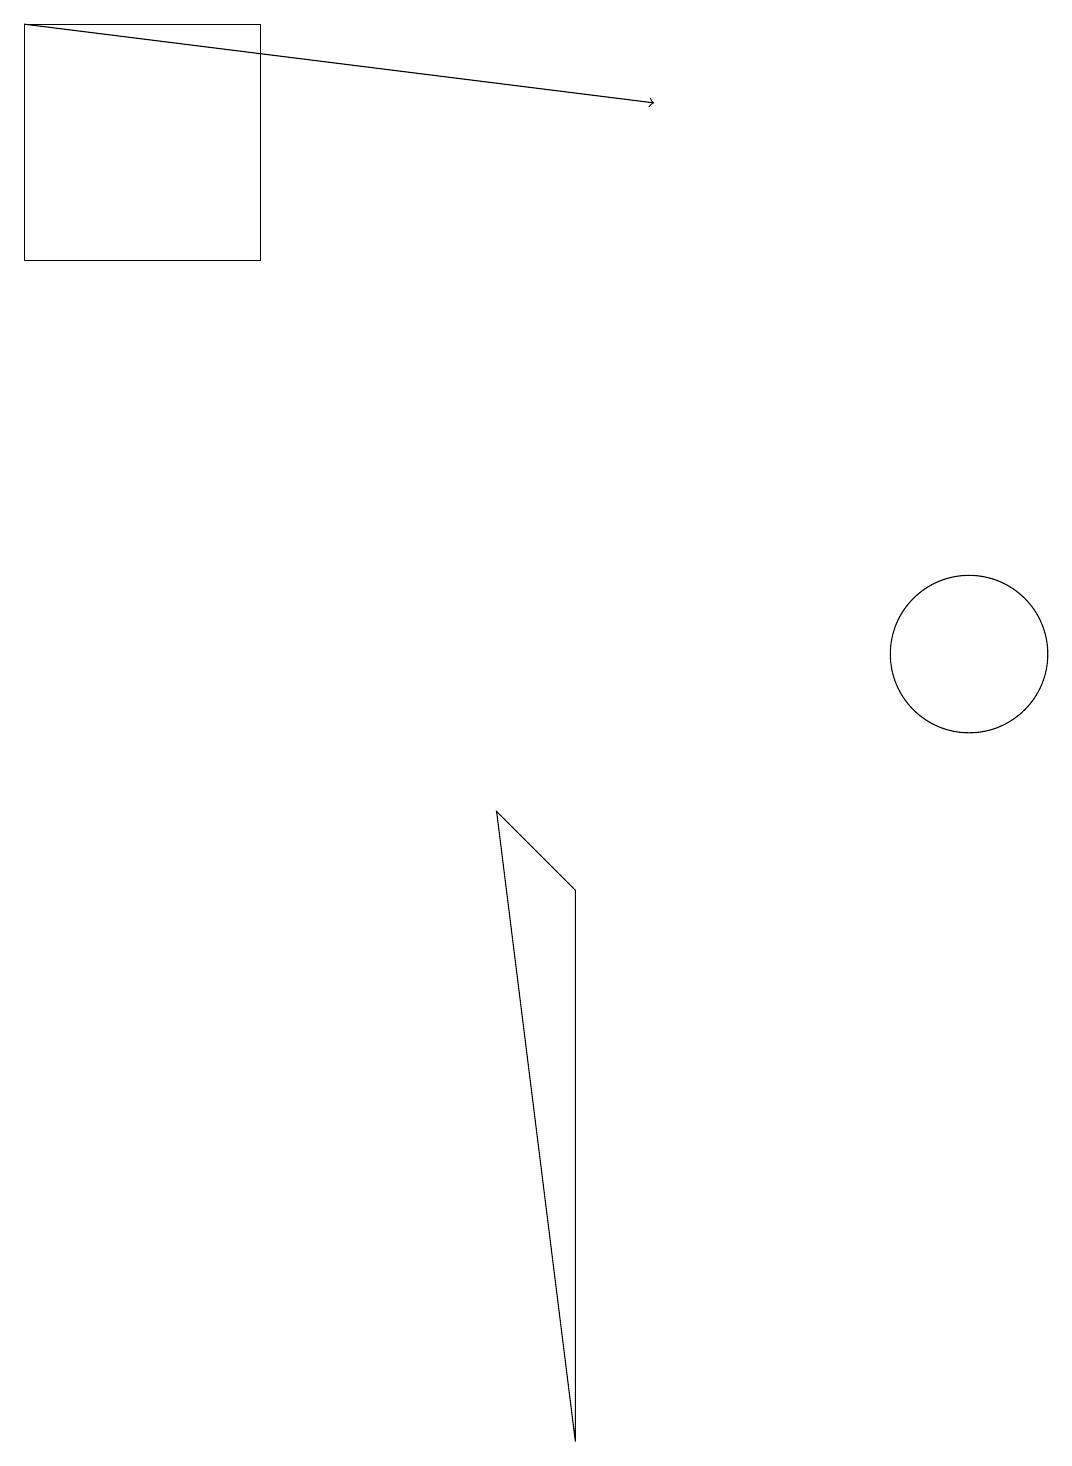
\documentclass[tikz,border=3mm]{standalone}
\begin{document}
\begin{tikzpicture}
\draw (12,11) circle (1);
\draw (6,9) -- (7,8) -- (7,1) -- cycle;
\draw (3,16) rectangle (0,19);
\draw[->] (0,19) -- (8,18);
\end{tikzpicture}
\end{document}